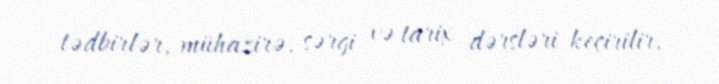
tədbirlər, mühazirə, sərgi və tarix dərsləri keçirilir.